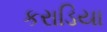
કરાડિયા